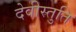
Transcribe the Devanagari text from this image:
देवीस्तुति